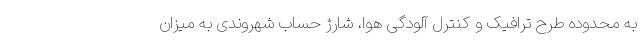
به محدوده طرح ترافیک و کنترل آلودگی هوا، شارژ حساب شهروندی به میزان